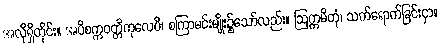
အလိုရှိတိုင်း။ အပိစက္ကဝတ္တိကုလေပိ၊ စကြာမင်းမျိုး၌သော်လည်း။ ဩက္ကမိတုံ၊ သက်ရောက်ခြင်းငှာ။